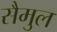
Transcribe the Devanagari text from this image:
सैमुल